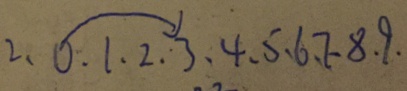
2 . \widehat { 0 . 1 . 2 . 3 } . 4 . 5 . 6 . 7 . 8 . 9 .